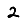
Digit: 2